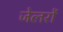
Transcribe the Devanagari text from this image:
जेलरों